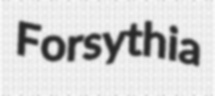
Forsythia